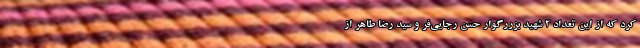
کرد که از این تعداد ۲ شهید بزررگوار حسن رجایی‌فر و سید رضا طاهر از